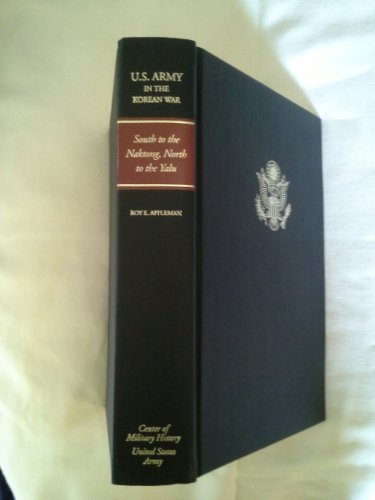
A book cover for United States Army in the Korean War. South to the Naktong, North to the Yalu (June-November 1950).; Roy E. Appleman; Travel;